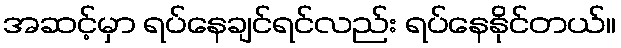
အဆင့်မှာ ရပ်နေချင်ရင်လည်း ရပ်နေနိုင်တယ်။